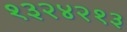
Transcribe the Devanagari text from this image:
१३२४२१३